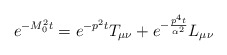
\begin{align*}e^{-M_{0}^{2}t} = e^{-p^{2}t} T_{\mu\nu} +e^{-\frac{p^{4}t}{\alpha^2}}L_{\mu\nu}\end{align*}